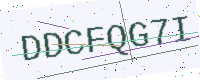
Text: DDCFQG7I